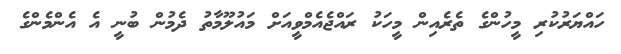
ހައްޔަރުކުރި މީހުންގެ ތެރެއިން މީހަކު ރައްޖެއެމްވީއަށް މައުލޫމާތު ދެމުން ބުނީ އެ އެންމެންގެ